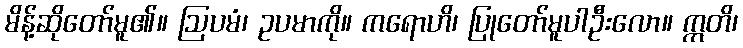
မိန့်ဆိုတော်မူ၏။ ဩပမံ၊ ဥပမာကို။ ကရောဟိ၊ ပြုတော်မူပါဦးလော။ ဣတိ၊